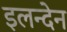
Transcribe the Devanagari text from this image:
इलन्देन